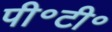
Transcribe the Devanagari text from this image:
पी॰टी॰